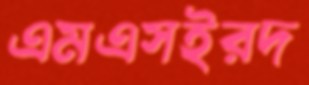
এমএসইরদ